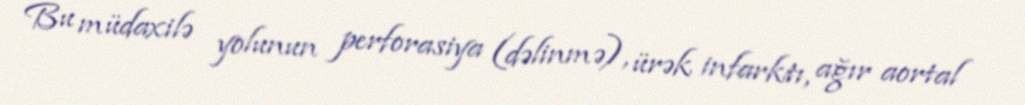
Bu müdaxilə yolunun perforasiya (dəlinmə), ürək infarktı, ağır aortal